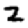
Digit: 2